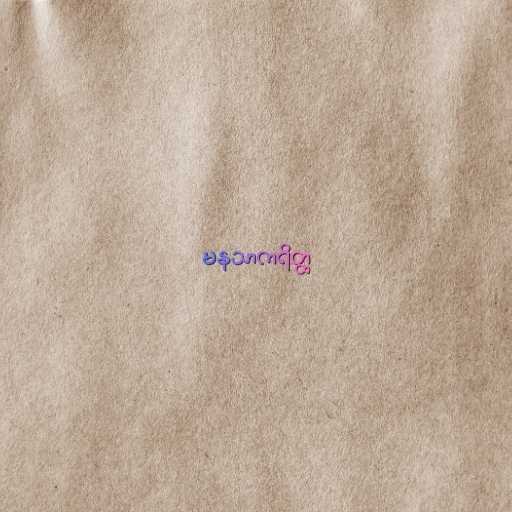
မနသာကရိတ္ထ